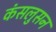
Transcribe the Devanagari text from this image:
कंसलुसन